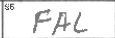
Transcription: FAL